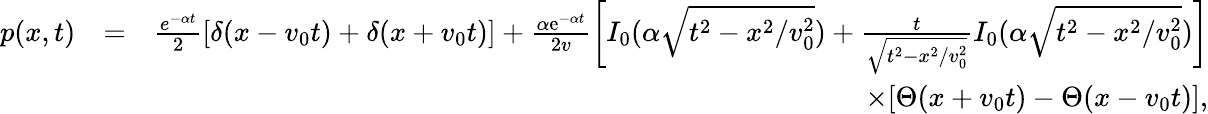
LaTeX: \begin{array}{rlr}{p(x,t)}&{=}&{\frac{e^{-\alpha t}}{2}[\delta(x-v_{0}t)+\delta(x+v_{0}t)]+\frac{\alpha{\mathrm e}^{-\alpha t}}{2v}\bigg[I_{0}(\alpha\sqrt{t^{2}-x^{2}/v_{0}^{2}})+\frac{t}{\sqrt{t^{2}-x^{2}/v_{0}^{2}}}I_{0}(\alpha\sqrt{t^{2}-x^{2}/v_{0}^{2}})\bigg]}\\ &{}&{\times[\Theta(x+v_{0}t)-\Theta(x-v_{0}t)],}\end{array}